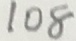
1 0 8